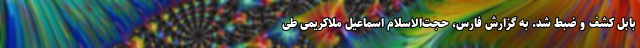
بابل کشف و ضبط شد. به گزارش فارس، حجت‌الاسلام اسماعیل ملاکریمی طی